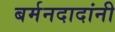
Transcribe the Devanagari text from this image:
बर्मनदादांनी